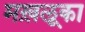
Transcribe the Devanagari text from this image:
मख़लूका